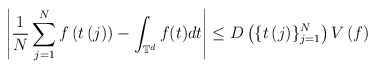
\begin{align*}\left\vert \frac{1}{N}\sum_{j=1}^{N}f\left( t\left( j\right) \right)-\int_{\mathbb{T}^{d}}f(t)dt\right\vert \leq D\left( \{t\left( j\right)\}_{j=1}^{N}\right) V\left( f\right)\end{align*}